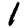
Digit: 1